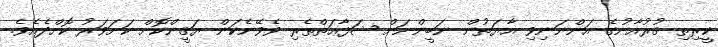
ކީރިތި ޤުރުއާނުގެ އަންނަނިވި އާޔަތުން ނަބީންނަށް ޝަފާޢަތްތެރި ވެވޭނެކަން ޔަޤީންކޮށް ކަށަވަރު ކޮށްދެއެވެ.